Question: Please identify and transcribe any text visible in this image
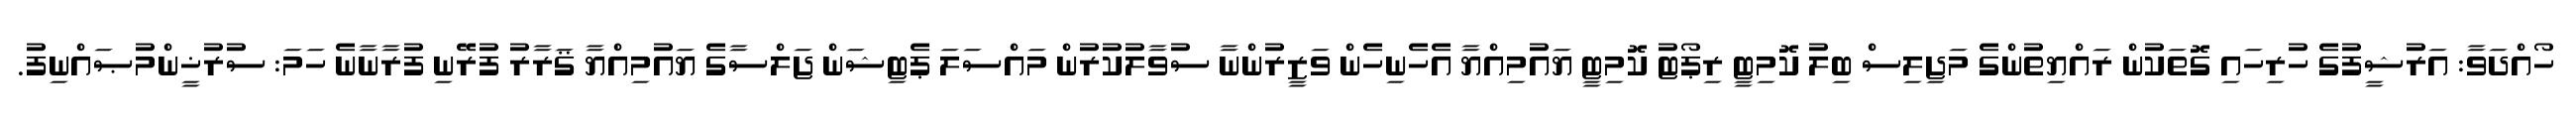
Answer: ހޯއްދަވާ: އަރުޝީފުގެ ހުރިހައި ގޮތަކުން ރައްޔިތުންގެ މަޖިލިސް ބިލު ކޮމިޓީ ރިޕޯޓު ކޮމިޓީ ޔައުމިއްޔާ އެހެނިހެން ވަޒީރުންނާ ސުވާލުކުރުން މައްސަލަ ޕެޓިޝަން ޖަލްސާގެ ޔައުމިއްޔާ ޤަރާރު ފުރޭނި ފުރާނާނެ ހަމަ: ސުރުޚީންމުޞައްނިފު.